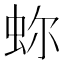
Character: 𧉰